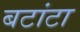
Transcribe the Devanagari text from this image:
बटांटा